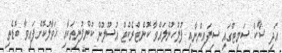
އަދި ސާކް ސަމިޓްގައި ސިފައިންނާއި ފުލުހުންލައްވާ ކޮންޓްރެކްޓް އުސޫލުން ކުންފުނިތަކާއި ޚަވާލުކޮށްފައިވާ ބޮޑެތި